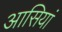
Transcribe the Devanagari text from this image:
आसियां